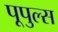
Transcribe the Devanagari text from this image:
पूपुल्स